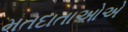
મતદાતાઓએ